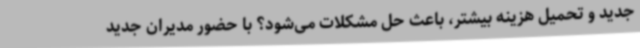
جدید و تحمیل هزینه بیشتر، باعث حل مشکلات می‌شود؟ با حضور مدیران جدید